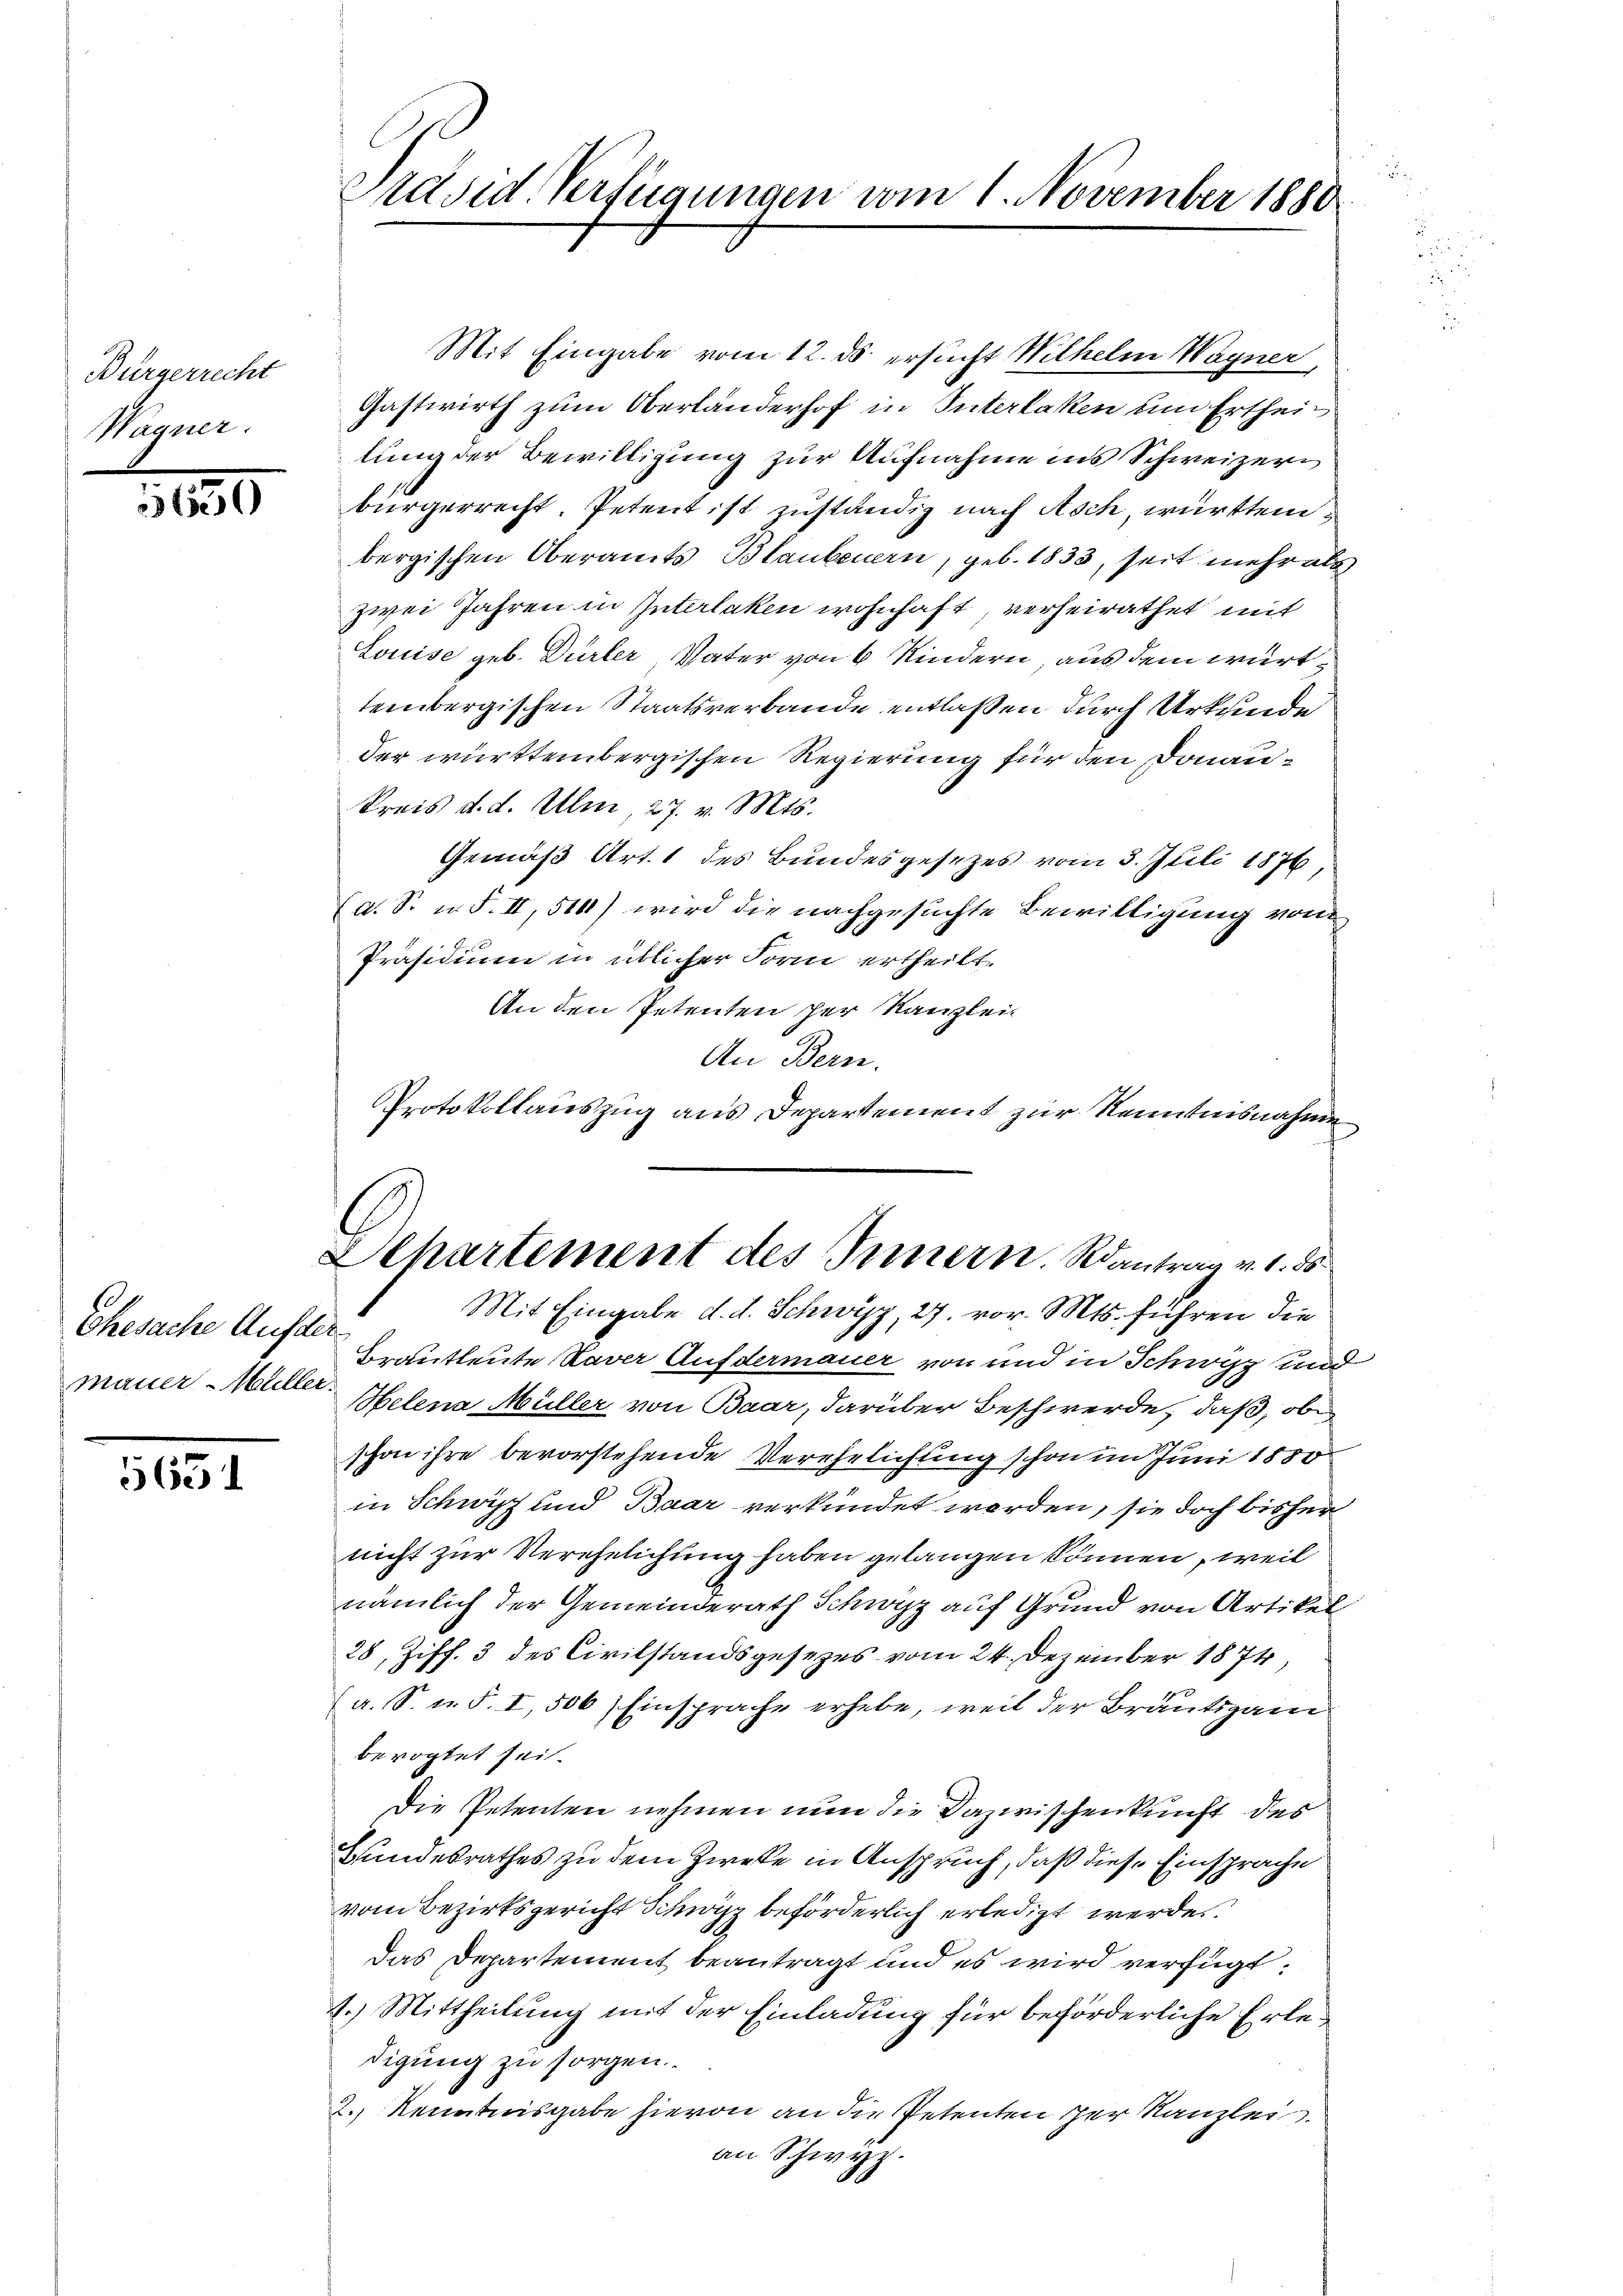
Bürgerrecht
Wagner.

650

Ehesache Aufder.
mauer-Müller.

565

Präsid. Verfügungen vom 1. November 1880

Mit Eingabe vom 12. ds. ersucht Wilhelm Wagner,
Gastwirth zum Oberländerhof in Interlaken um Ertheilung der Bewilligung zur Aufnahme ins Schweizeri
bürgerrecht. Petent ist zuständig nach Asch, württem
bergischen Oberamts Blaubenern, geb. 1833, seit mehr als
zwei Jahren in Interlaken wohnhaft, verheirathet mit
Louise geb. Dürler Vater von 6 Kindern, aus dem württerbergischen Staatsverbande entlaßen durch Urkunde
der württembergischen Regierung für den Donau¬
Preis d. d. Ulm, 27. v. Mts.
Gemäß Art. 1 des Bundesgesezes vom 3. Juli 1876,
(a. S. u. S. II, 514) wird die nachgesuchte Bewilligung von
Präsidium in üblicher Form ertheilt.
An den Petenten her Kanzlei.
An Bern.
Mit Eingabe d. d. Schwyz, 27. vor. Mts. führen die
Brautleute Naver Aufdermauer von und in Schwyz und
Helena Müller von Baar, darüber Beschwerde, daß, obs
schon ihre bevorstehende Verehelichung schon im Juni 1850
in Schwyz und Baar verkündet werden, sie doch bisher
nicht zur Verehelichung haben gelangen können, weil
nämlich der Gemeinderath Schwyz auf Grund von Artikel
28, Ziff. 3 des Civilstandsgesezes vom 24. Dezember 1874,
a. S. u. S. I, 506) Einsprache erhebe, weil der Bräutigam
bevogtet sei.
Die Petenten nehmen nun die Dazwischenkunft des
Bundesrathes zu dem Zweke in Anspruch, daß diese Einsprache
vom Bezirksgericht Schwyz beförderlich erledigt werden.
Das Departement beantragt und es wird verfügt:
1.) Mittheilung mit der Einladung für beförderliche Erledigung zu sorgen.
2.) Kenntnisgabe hievon an die Petenten der Kanzlei
an Schwyz.

Protokollauszug aus Departement zur Kenntnisnahme
Lehartement des Innern. Rantrag v. 1. 55